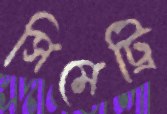
সিমেট্রি